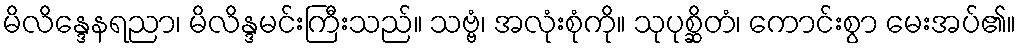
မိလိန္ဒေနရညာ၊ မိလိန္ဒမင်းကြီးသည်။ သဗ္ဗံ၊ အလုံးစုံကို။ သုပုစ္ဆိတံ၊ ကောင်းစွာ မေးအပ်၏။